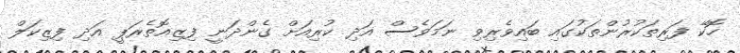
ހޮކޭ ފަރިތަކުރުންތަކުގައި ބައިވެރިވި ނަމަވެސް އަދި ކުރިއަށް ގެންދަނީ ފިޒިއޮތެރަޕީ އަދި ފިޒިކަލް